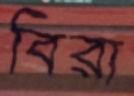
বিরা